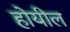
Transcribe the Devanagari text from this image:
होयील